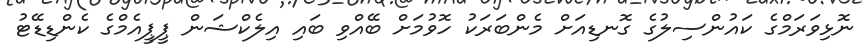
ނޮޅިވަރަމްގެ ކައުންސިލުގެ ގޮނޑިއަށް މެންބަރަކު ހޮވުމަށް ބޭއްވި ބައި އިލެކްޝަން ޕީޕީއެމްގެ ކެންޑިޑޭޓު